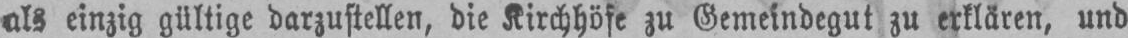
als einzig gültige darzustellen, die Kirchhöfe zu Gemeindegut zu erklären, und